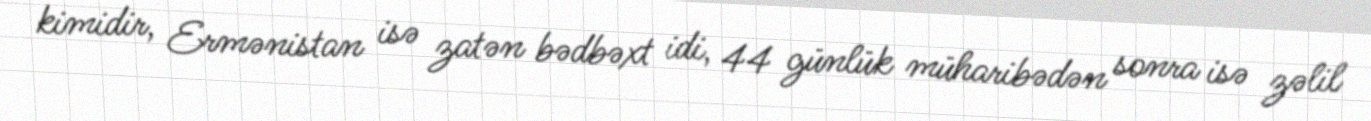
kimidir, Ermənistan isə zatən bədbəxt idi, 44 günlük müharibədən sonra isə zəlil